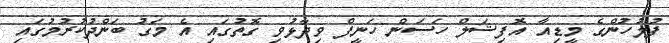
ފުލުހުންގެ މީޑިއާ އޮފިޝަލް ހަސަން ހަނީފް ވިދާޅުވި ގޮތުގައި އެ މަގު ބަންދުކުރުމުގައި